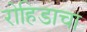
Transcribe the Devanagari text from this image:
रोहिडाचा